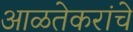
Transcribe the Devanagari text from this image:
आळतेकरांचे